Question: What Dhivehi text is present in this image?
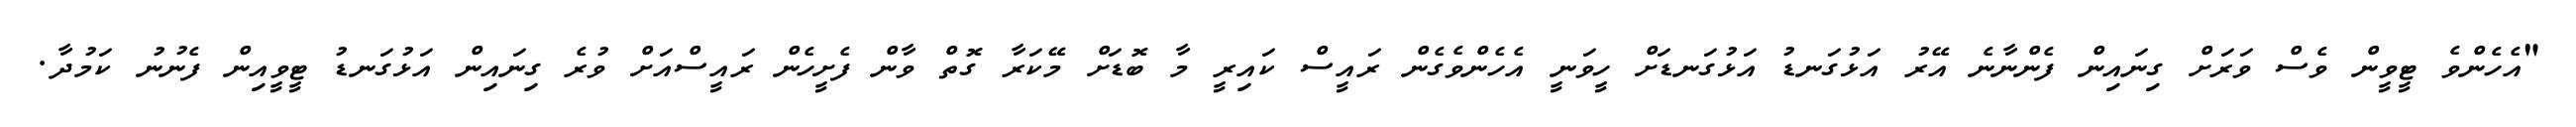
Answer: "އެހެންވެ ޓީވީން ވެސް ވަރަށް ގިނައިން ފެންނާނެ އޭރު އަޅުގަނޑު އަޅުގަނޑަށް ހީވަނީ އެހެންވެގެން ރައީސް ކައިރީ މާ ބޮޑަށް މޭކަރާ ގޮތް ވާން ފެށީހެން ރައީސްއަށް ވުރެ ގިނައިން އަޅުގަނޑު ޓީވީއިން ފެނުނު ކަމުދާ.